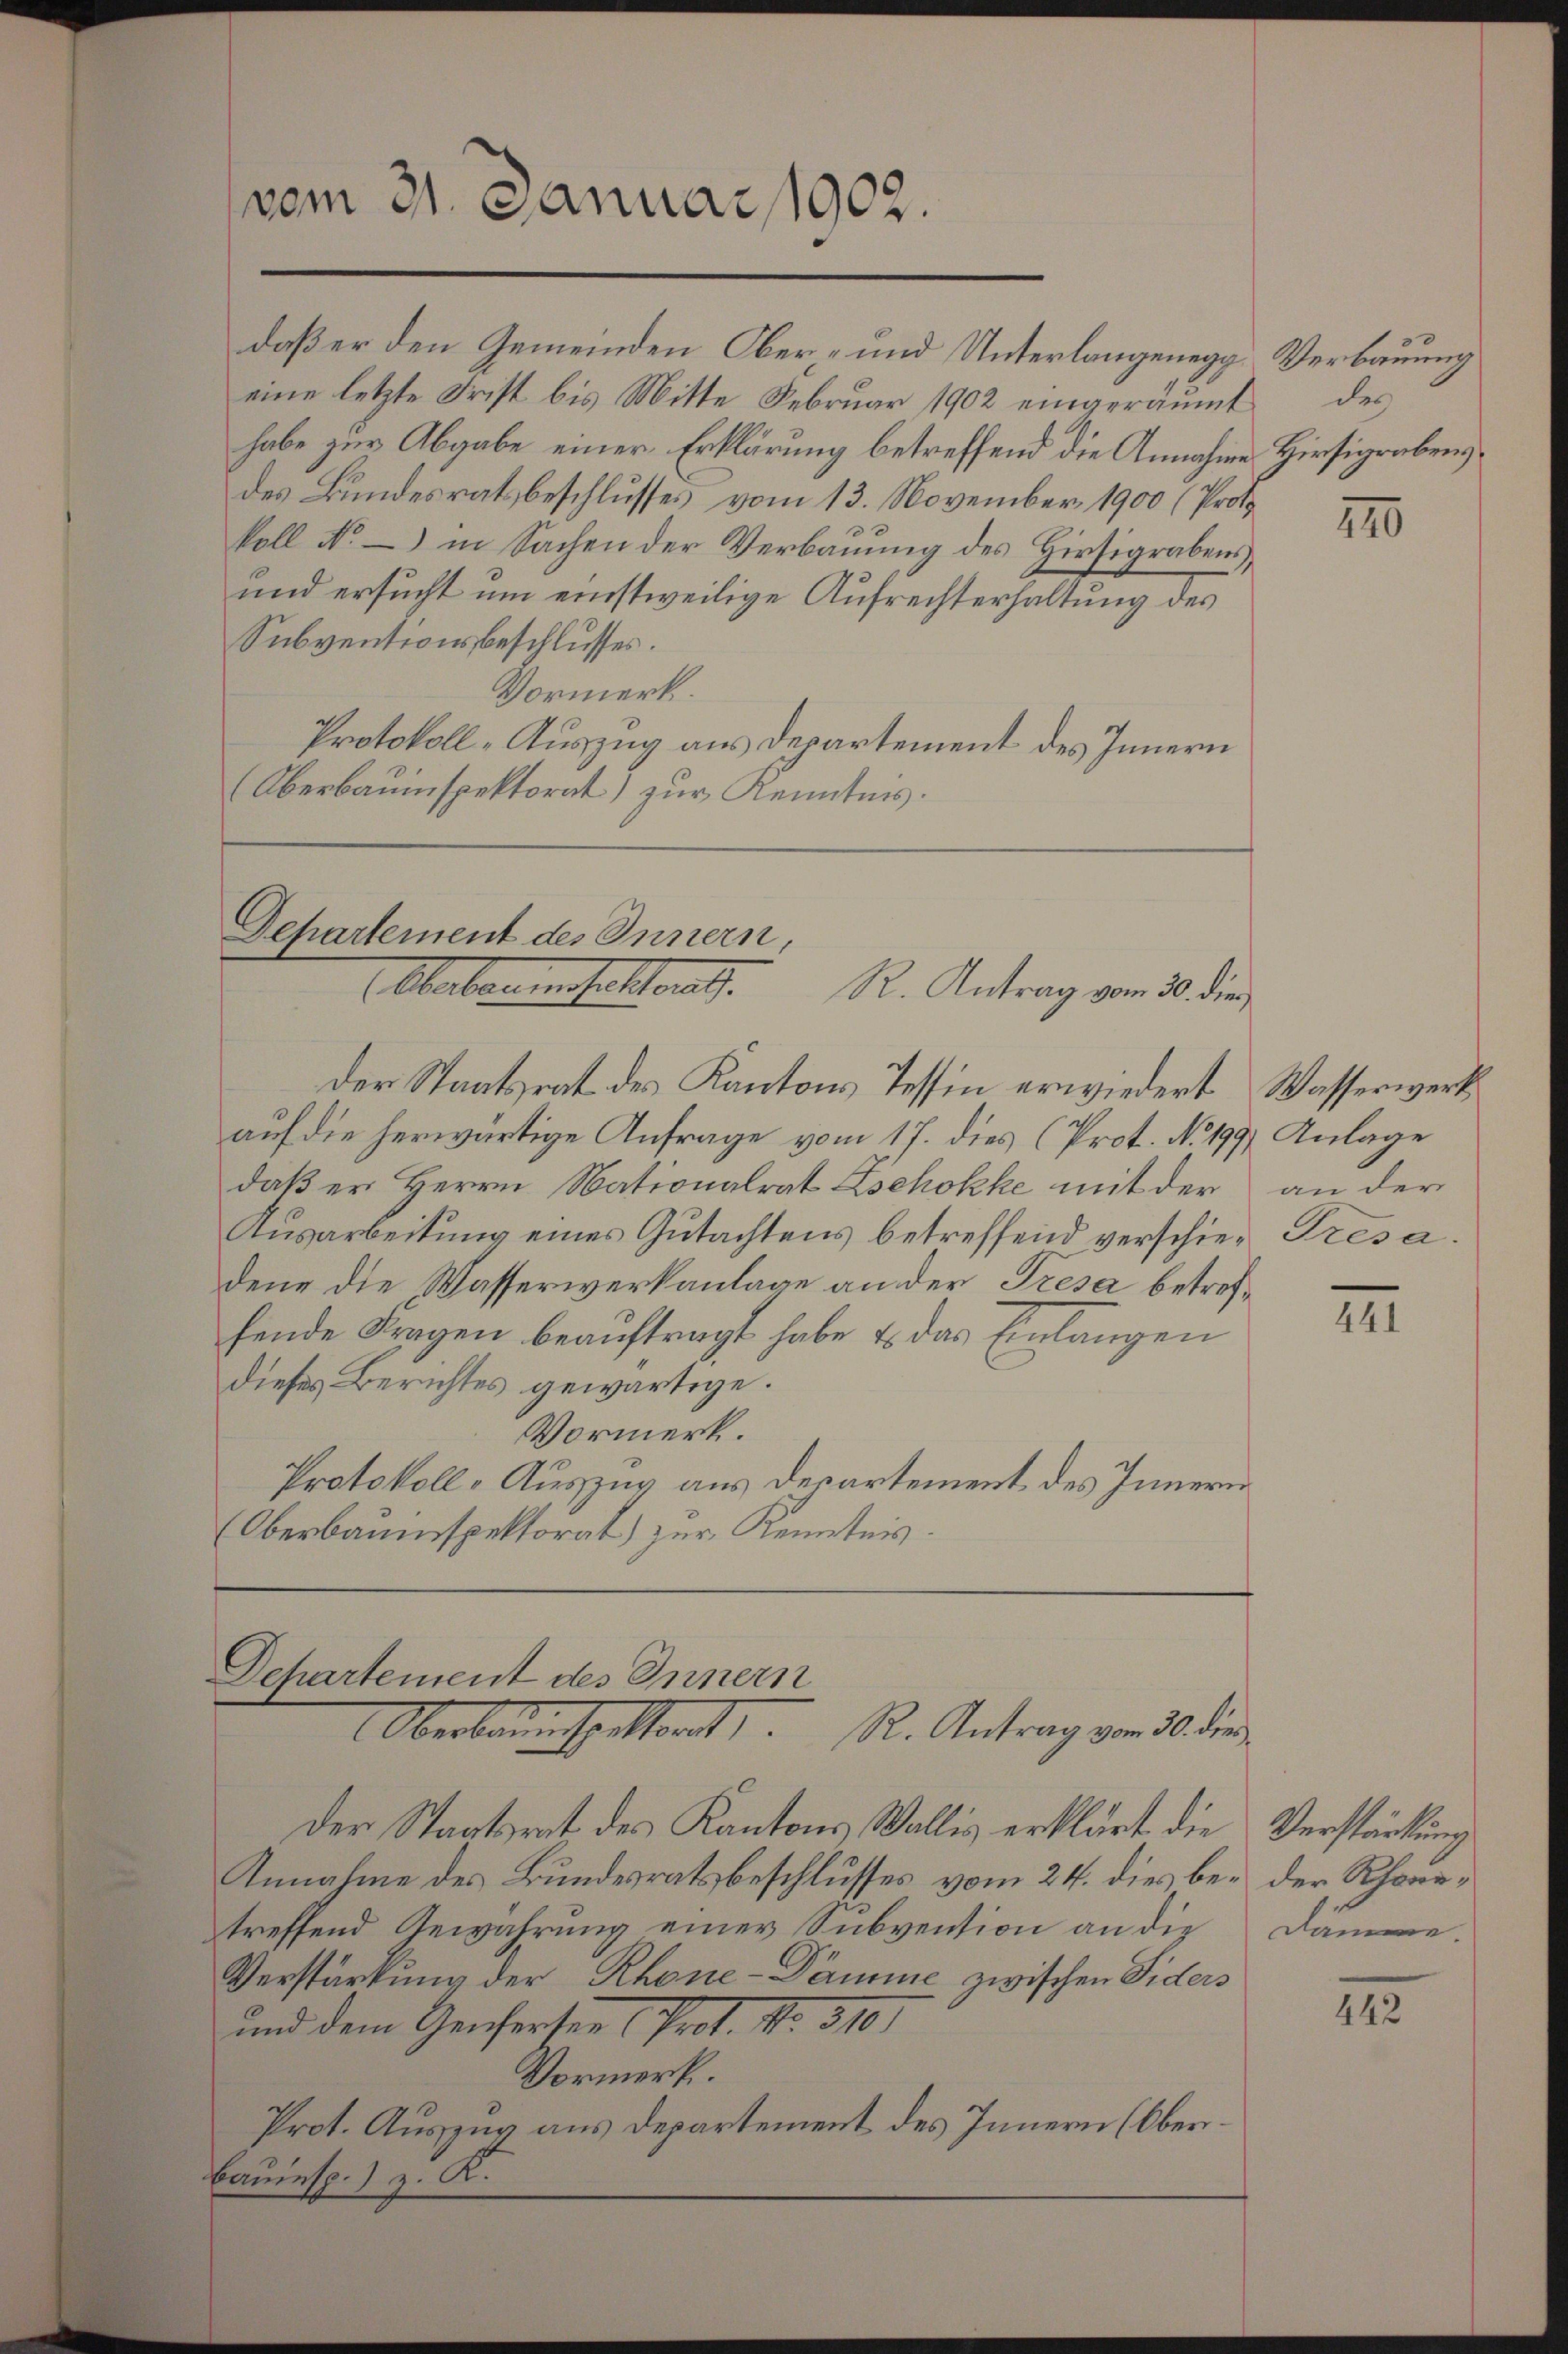
vom 31. Januar 1902.

daß er den Gemeinden Ober- und Unterlangenegg Verbauung
eine letzte Frist bis Mitte Februar 1902 eingeräumt des
habe zur Abgabe einer Erklärung betreffend die Annahme Hirsigrabensdes Bundesratsbeschlusses vom 13. November 1900 (Protokoll No – in Sachen der Verbauung des Hirsigrabens,
und ersucht um einstweilige Aufrechterhaltung des
Subventionsbeschlusses.
Vormerk.
Protokoll-Auszug aus Departement des Innern
Oberbauinspektorat) zur Kenntnis.

Dchartement des Innern,
Abarten einhalterat.
R. Antrag vom 30. die

der Staatsrat des Kantons Tessin erwiedert Wasserwerk
auf die herwärtige Anfrage vom 17. dies (Prot. No. 199, Anlage
daß er Herrn Nationalrat Lochokke mit der an der
Ausarbeitung eines Gutachtens betreffend verschier Tresadene die Wasserwerkanlage an der Tresa betrefhende Fragen beauftragt habe & das Einlangen
dieses Berichtes gewärtige.
Vormerk.
Protokoll-Auszug aus derartement des Innern
Oberbauinspektorat) zur Kenntnis.

Departement des Innern
Oberbauenspettort, R. Antrag vom 30. die

Der Staatsrat des Kantons Wallis erklärt die
Annahme des Bundesratsbeschlusses vom 24. dies bei der Rhonetreffend Gewahrung einer Subvention an die
Verstärkung der Rhone-Dämme zwischen Fiders
und dem Genfersen (Prot. No. 310.
Vormerk.
Prot. Auszug aus Departement des Innern (Ober¬
Bauinsp. ) z. K.

770

441

Verstärkung
Dämme.

442